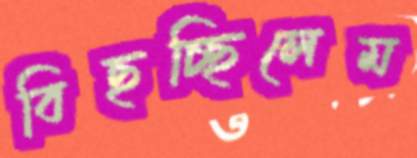
বিছচ্ছিলেম